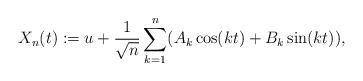
LaTeX: \begin{align*}X_n(t):=u+\frac{1}{\sqrt{n}}\sum_{k=1}^n (A_k\cos(kt)+B_k\sin(kt)),\end{align*}